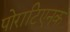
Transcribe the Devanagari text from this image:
पोराटिएनक